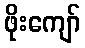
ဖိုးကျော်